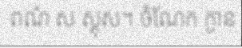
ពណ៌ ស ស្គុស។ ចំណែក ក្ងាន